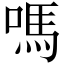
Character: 嗎